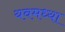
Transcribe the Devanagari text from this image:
यवमध्या